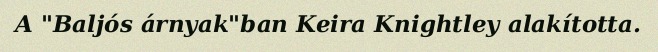
A "Baljós árnyak"ban Keira Knightley alakította.